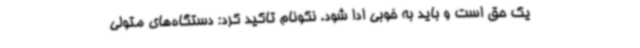
یک حق است و باید به خوبی ادا شود. نکونام تاکید کرد: دستگاه‌های متولی